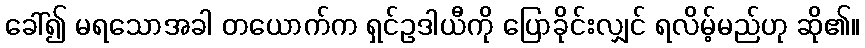
ခေါ်၍ မရသောအခါ တယောက်က ရှင်ဥဒါယီကို ပြောခိုင်းလျှင် ရလိမ့်မည်ဟု ဆို၏။